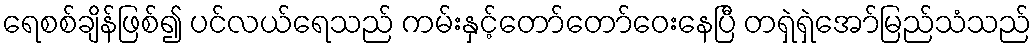
ရေစစ်ချိန်ဖြစ်၍ ပင်လယ်ရေသည် ကမ်းနှင့်တော်တော်ဝေးနေပြီ တရှဲရှဲအော်မြည်သံသည်